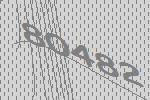
80482